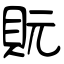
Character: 貦